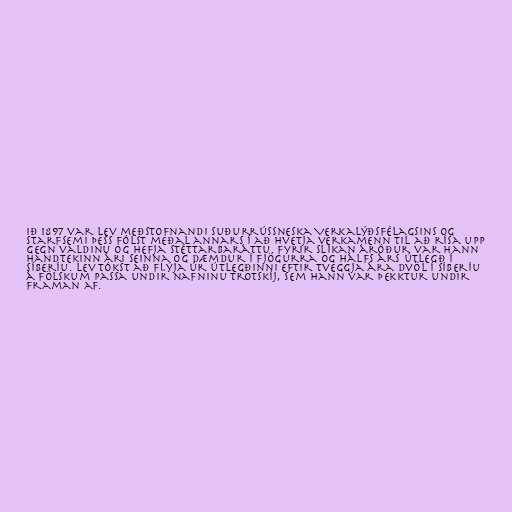
ið 1897 var Lev meðstofnandi Suðurrússneska Verkalýðsfélagsins og
starfsemi þess fólst meðal annars í að hvetja verkamenn til að rísa upp
gegn valdinu og hefja stéttarbaráttu. Fyrir slíkan áróður var hann
handtekinn ári seinna og dæmdur í fjögurra og hálfs árs útlegð í
Síberíu. Lev tókst að flýja úr útlegðinni eftir tveggja ára dvöl í Síberíu
á fölskum passa undir nafninu Trotskíj, sem hann var þekktur undir
framan af.